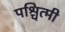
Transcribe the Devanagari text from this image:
पश्चित्मी